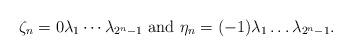
LaTeX: \begin{align*}\zeta_{n}=0\lambda_1\cdots \lambda_{2^{n}-1}\textrm{ and }\eta_{n}=(-1)\lambda_{1}\ldots\lambda_{2^{n}-1}.\end{align*}